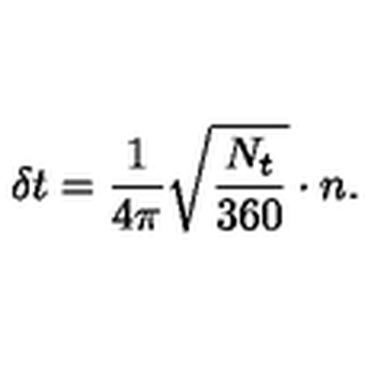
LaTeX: \, \delta t = \frac { 1 } { 4 \pi } \sqrt { \frac { N _ { t } } { 3 6 0 } } \cdot n .